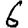
Digit: 6